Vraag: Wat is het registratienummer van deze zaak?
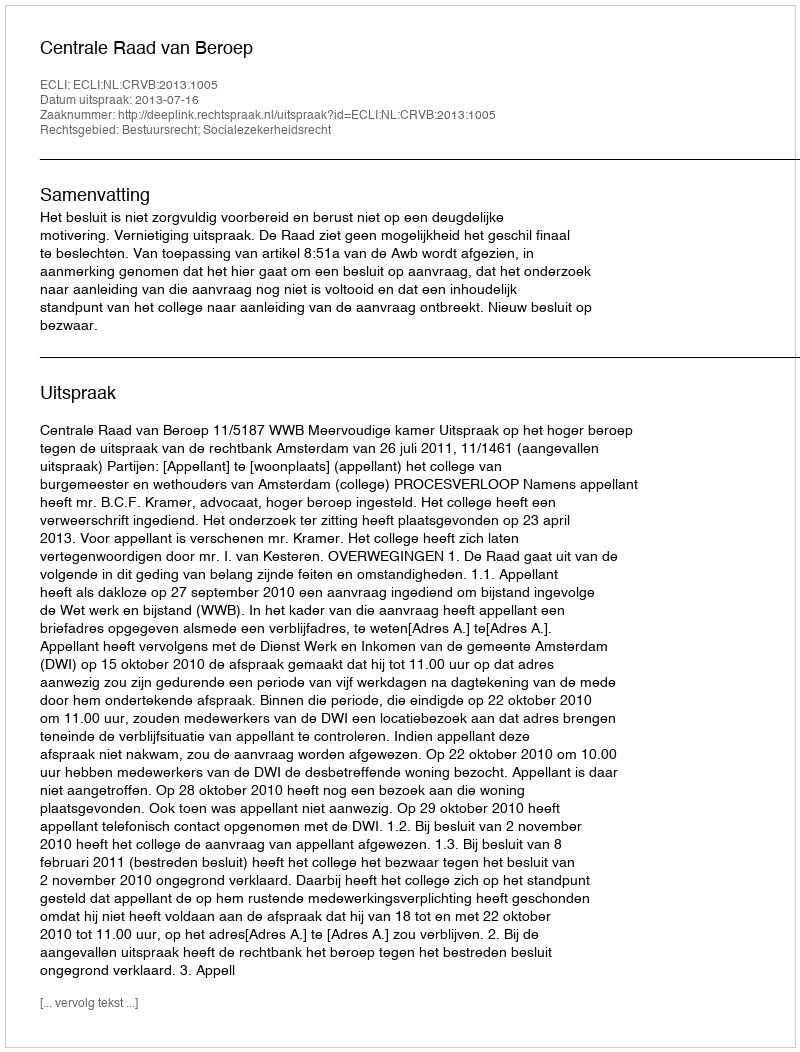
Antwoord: http://deeplink.rechtspraak.nl/uitspraak?id=ECLI:NL:CRVB:2013:1005